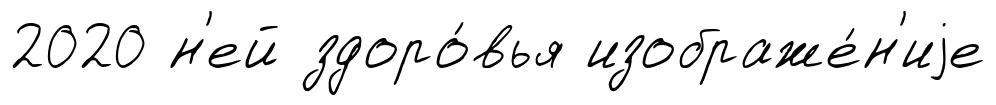
2020 н'ей здоро́вья изображе́н'иjе